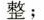
整；